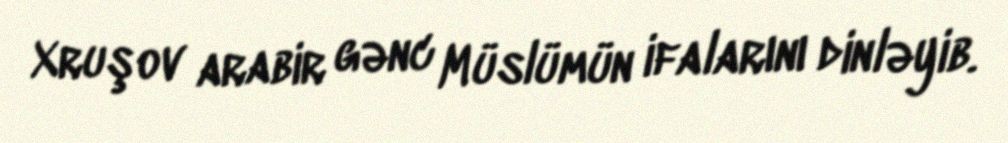
Xruşov arabir gənc Müslümün ifalarını dinləyib.